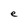
Character: e